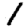
Digit: 1